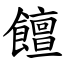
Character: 饘